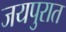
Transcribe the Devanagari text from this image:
जयपुरात